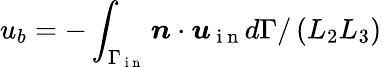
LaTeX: u_{b}=-\int_{\Gamma_{\mathrm{~i~n~}}}\boldsymbol{n}\cdot\boldsymbol{u}_{\mathrm{~i~n~}}d\Gamma/\left(L_{2}L_{3}\right)